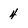
Character: 4